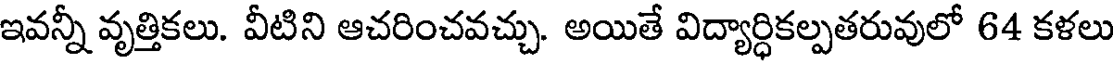
ఇవన్నీ వృత్తికలు. వీటిని ఆచరించవచ్చు. అయితే విద్యార్ధికల్పతరువులో 64 కళలు